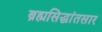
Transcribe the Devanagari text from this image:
ब्रह्मसिद्धांतसार